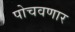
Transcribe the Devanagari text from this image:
पोचवणार